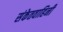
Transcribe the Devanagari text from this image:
संकेतवाहिनी